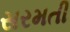
સરમતી